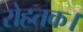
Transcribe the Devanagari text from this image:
रोहतक।